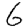
Digit: 6